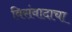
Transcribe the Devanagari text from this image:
विसंवादाचा